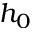
h _ { 0 }